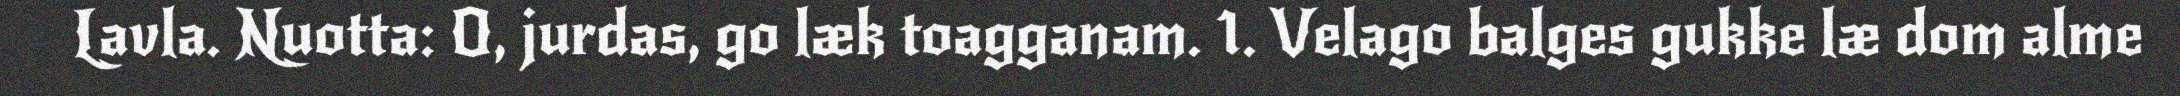
Lavla. Nuotta: O, jurdas, go læk toagganam. 1. Velago balges gukke læ dom alme